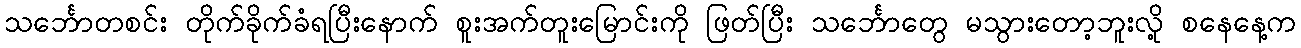
သင်္ဘောတစင်း တိုက်ခိုက်ခံရပြီးနောက် စူးအက်တူးမြောင်းကို ဖြတ်ပြီး သင်္ဘောတွေ မသွားတော့ဘူးလို့ စနေနေ့က